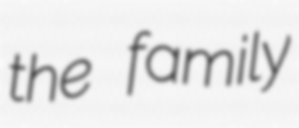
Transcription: the family